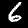
Label: 6